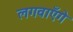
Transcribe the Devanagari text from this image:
लगवाएँगे